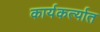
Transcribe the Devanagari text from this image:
कार्यकर्त्‍यात